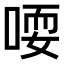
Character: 𫪱